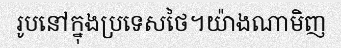
រូបនៅក្នុងប្រទេសថៃ។យ៉ាងណាមិញ